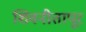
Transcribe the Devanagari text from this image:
शिवनीतापूर